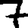
Digit: 7